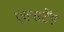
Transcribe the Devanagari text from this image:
एक्सटेंड